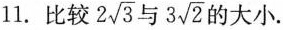
l1。比较 2 \sqrt{3}与 3 \sqrt{2}$$ 的大小。